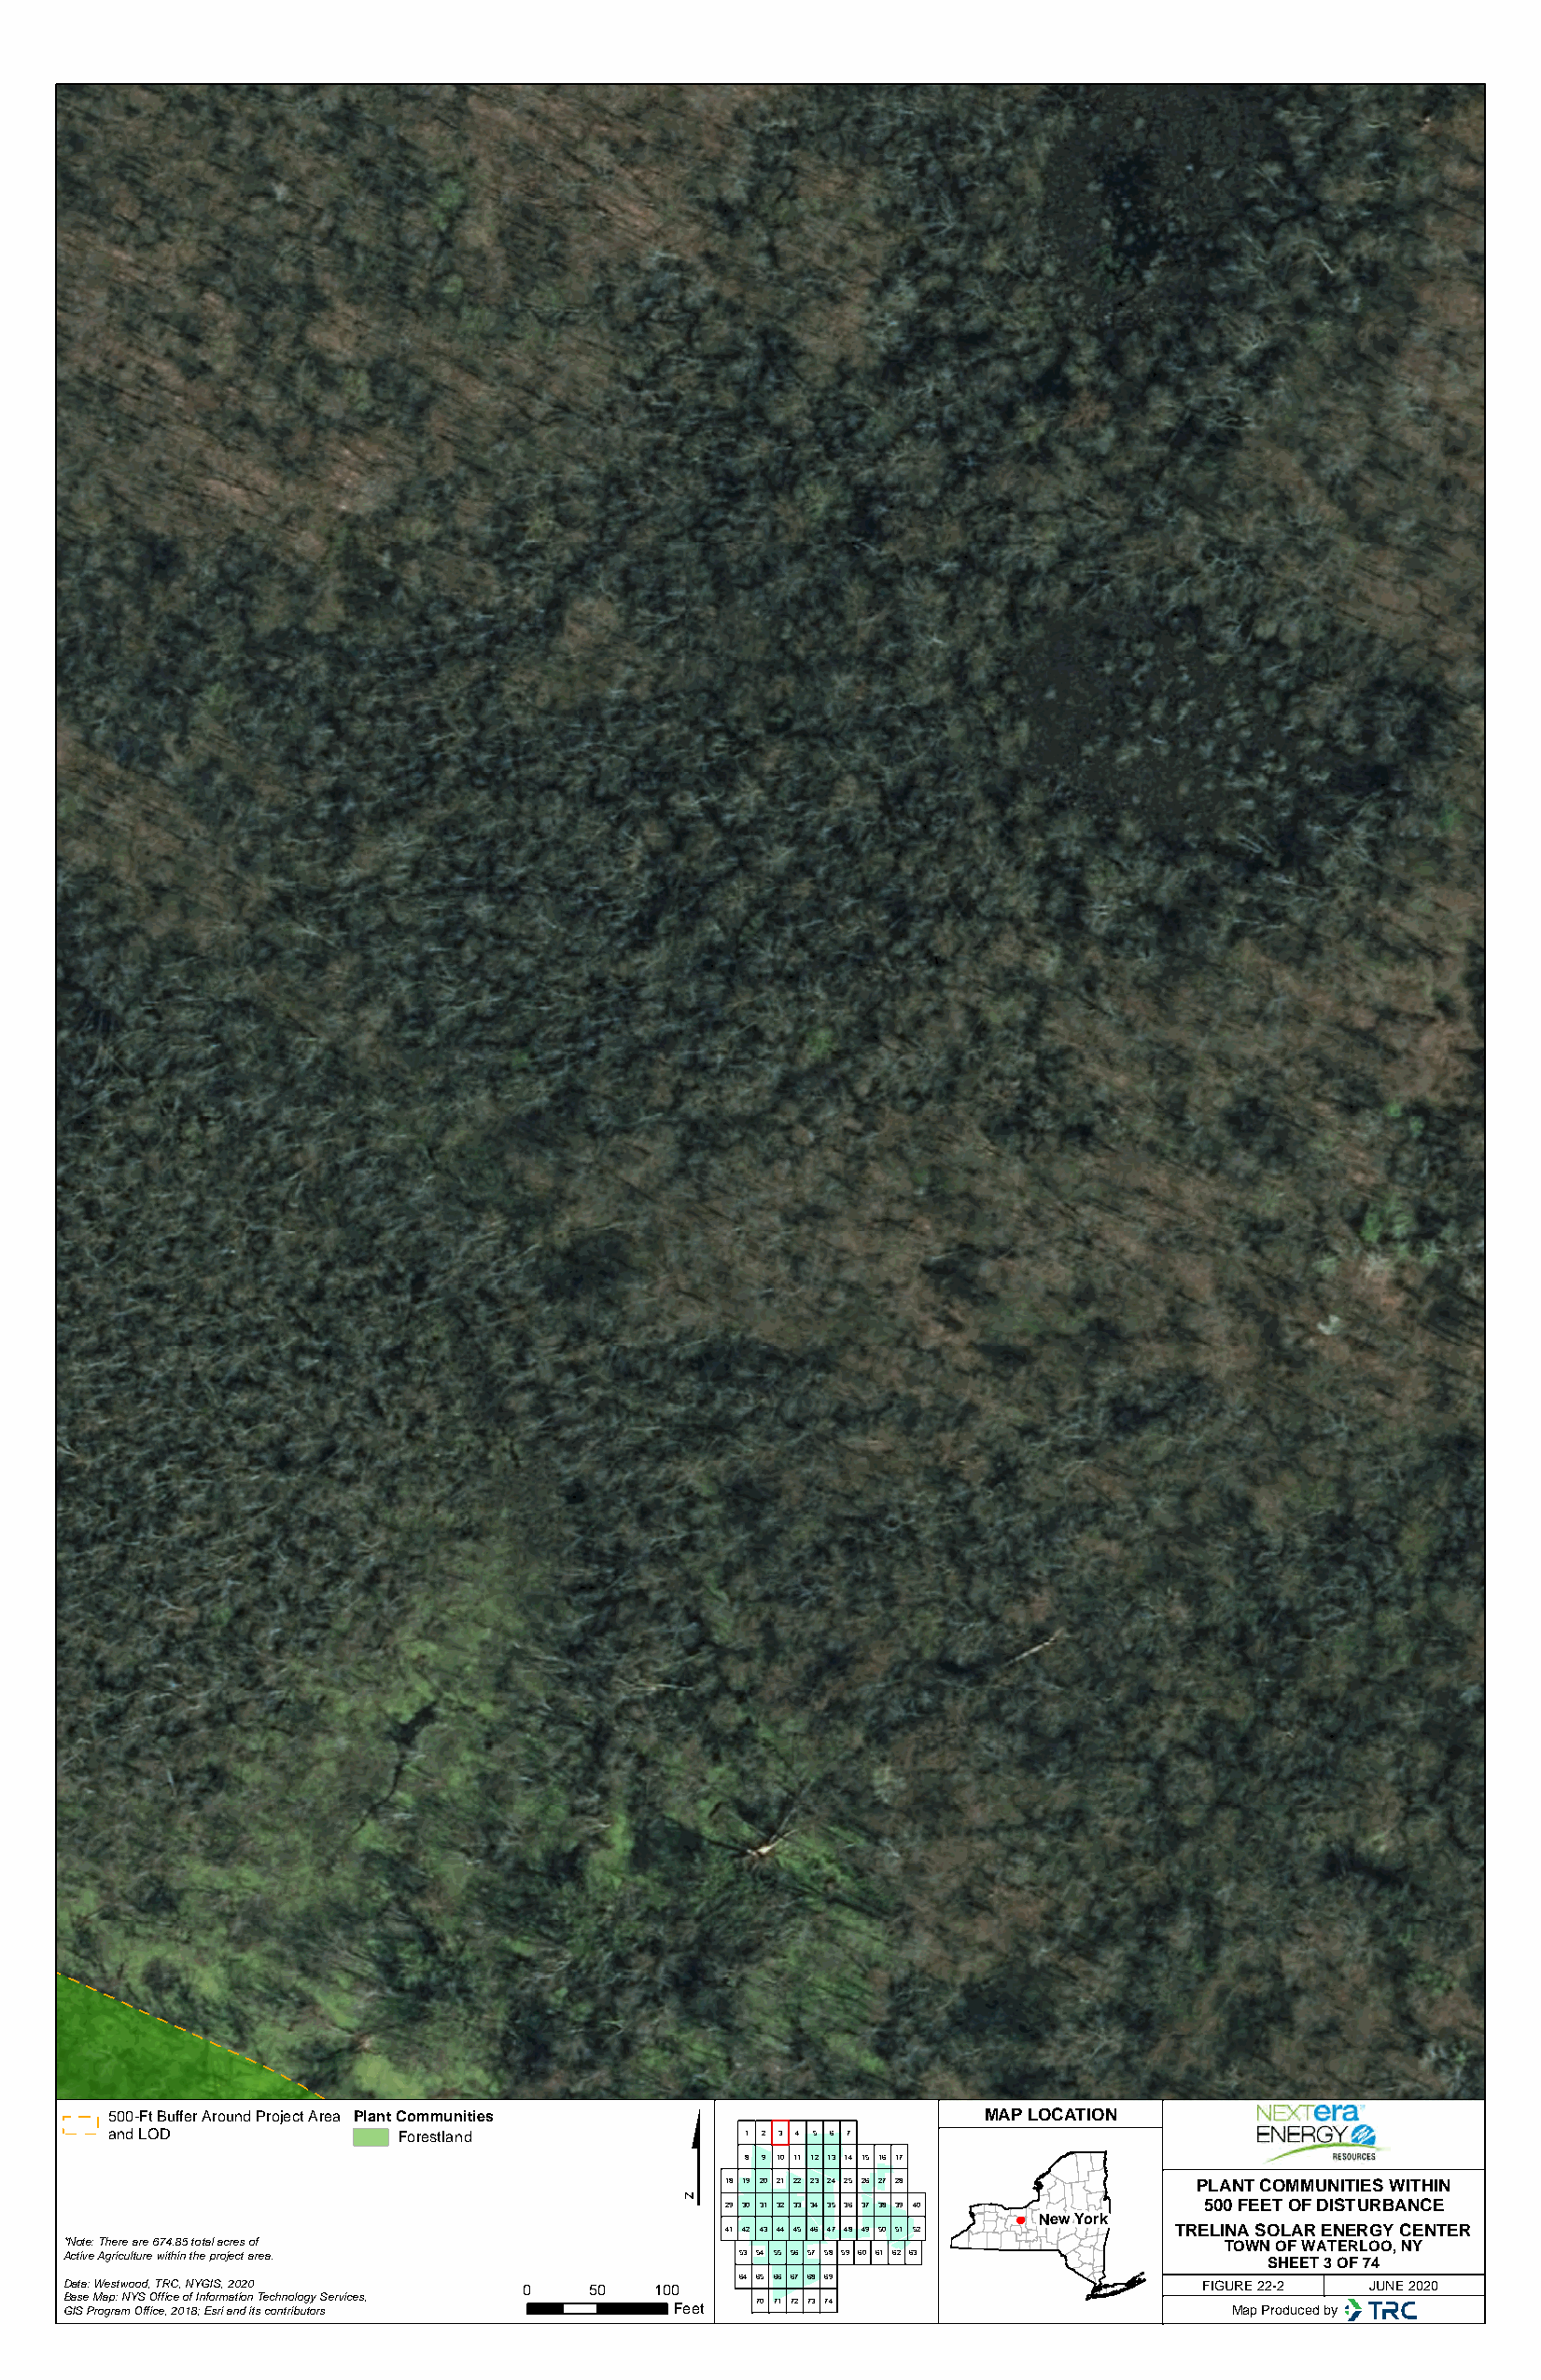
$
 500-Ft Buffer Around Project Area Plant Communities           MAP LOCATION
 and LOD             Forestland               1 2 3 4 5 6 7
 8 9 10 11 12 13 14 15 16 17
 18 19 20 21 22 23 24 25 26 27 28  PLANT COMMUNITIES WITHIN
 29 30 31 32 33 34 35 36 37 38 39 40 500 FEET OF DISTURBANCE
 New York
 41 42 43 44 45 46 47 48 49 50 51 52 TRELINA SOLAR ENERGY CENTER
 *Note: There are 674.85 total acres of                                             TOWN OF WATERLOO, NY
 Active Agriculture within the project area.     53 54 55 56 57 58 59 60 61 62 63
 SHEET 3 OF 74
 64 65 66 67 68 69
 Data: Westwood, TRC, NYGIS, 2020 0    50  100                                    FIGURE 22-2 JUNE 2020
 Base Map: NYS Office of Information Technology Services, 70 71 72 73 74
 GIS Program Office, 2018; Esri and its contributors Feet                           Map Produced by